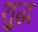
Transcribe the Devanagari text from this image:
शु्द्ध